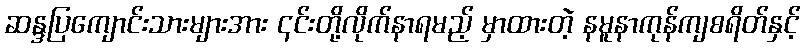
ဆန္ဒပြကျောင်းသားများအား ၎င်းတို့လိုက်နာရမည့် မှာထားတဲ့ နမူနာကုန်ကျစရိတ်နှင့်